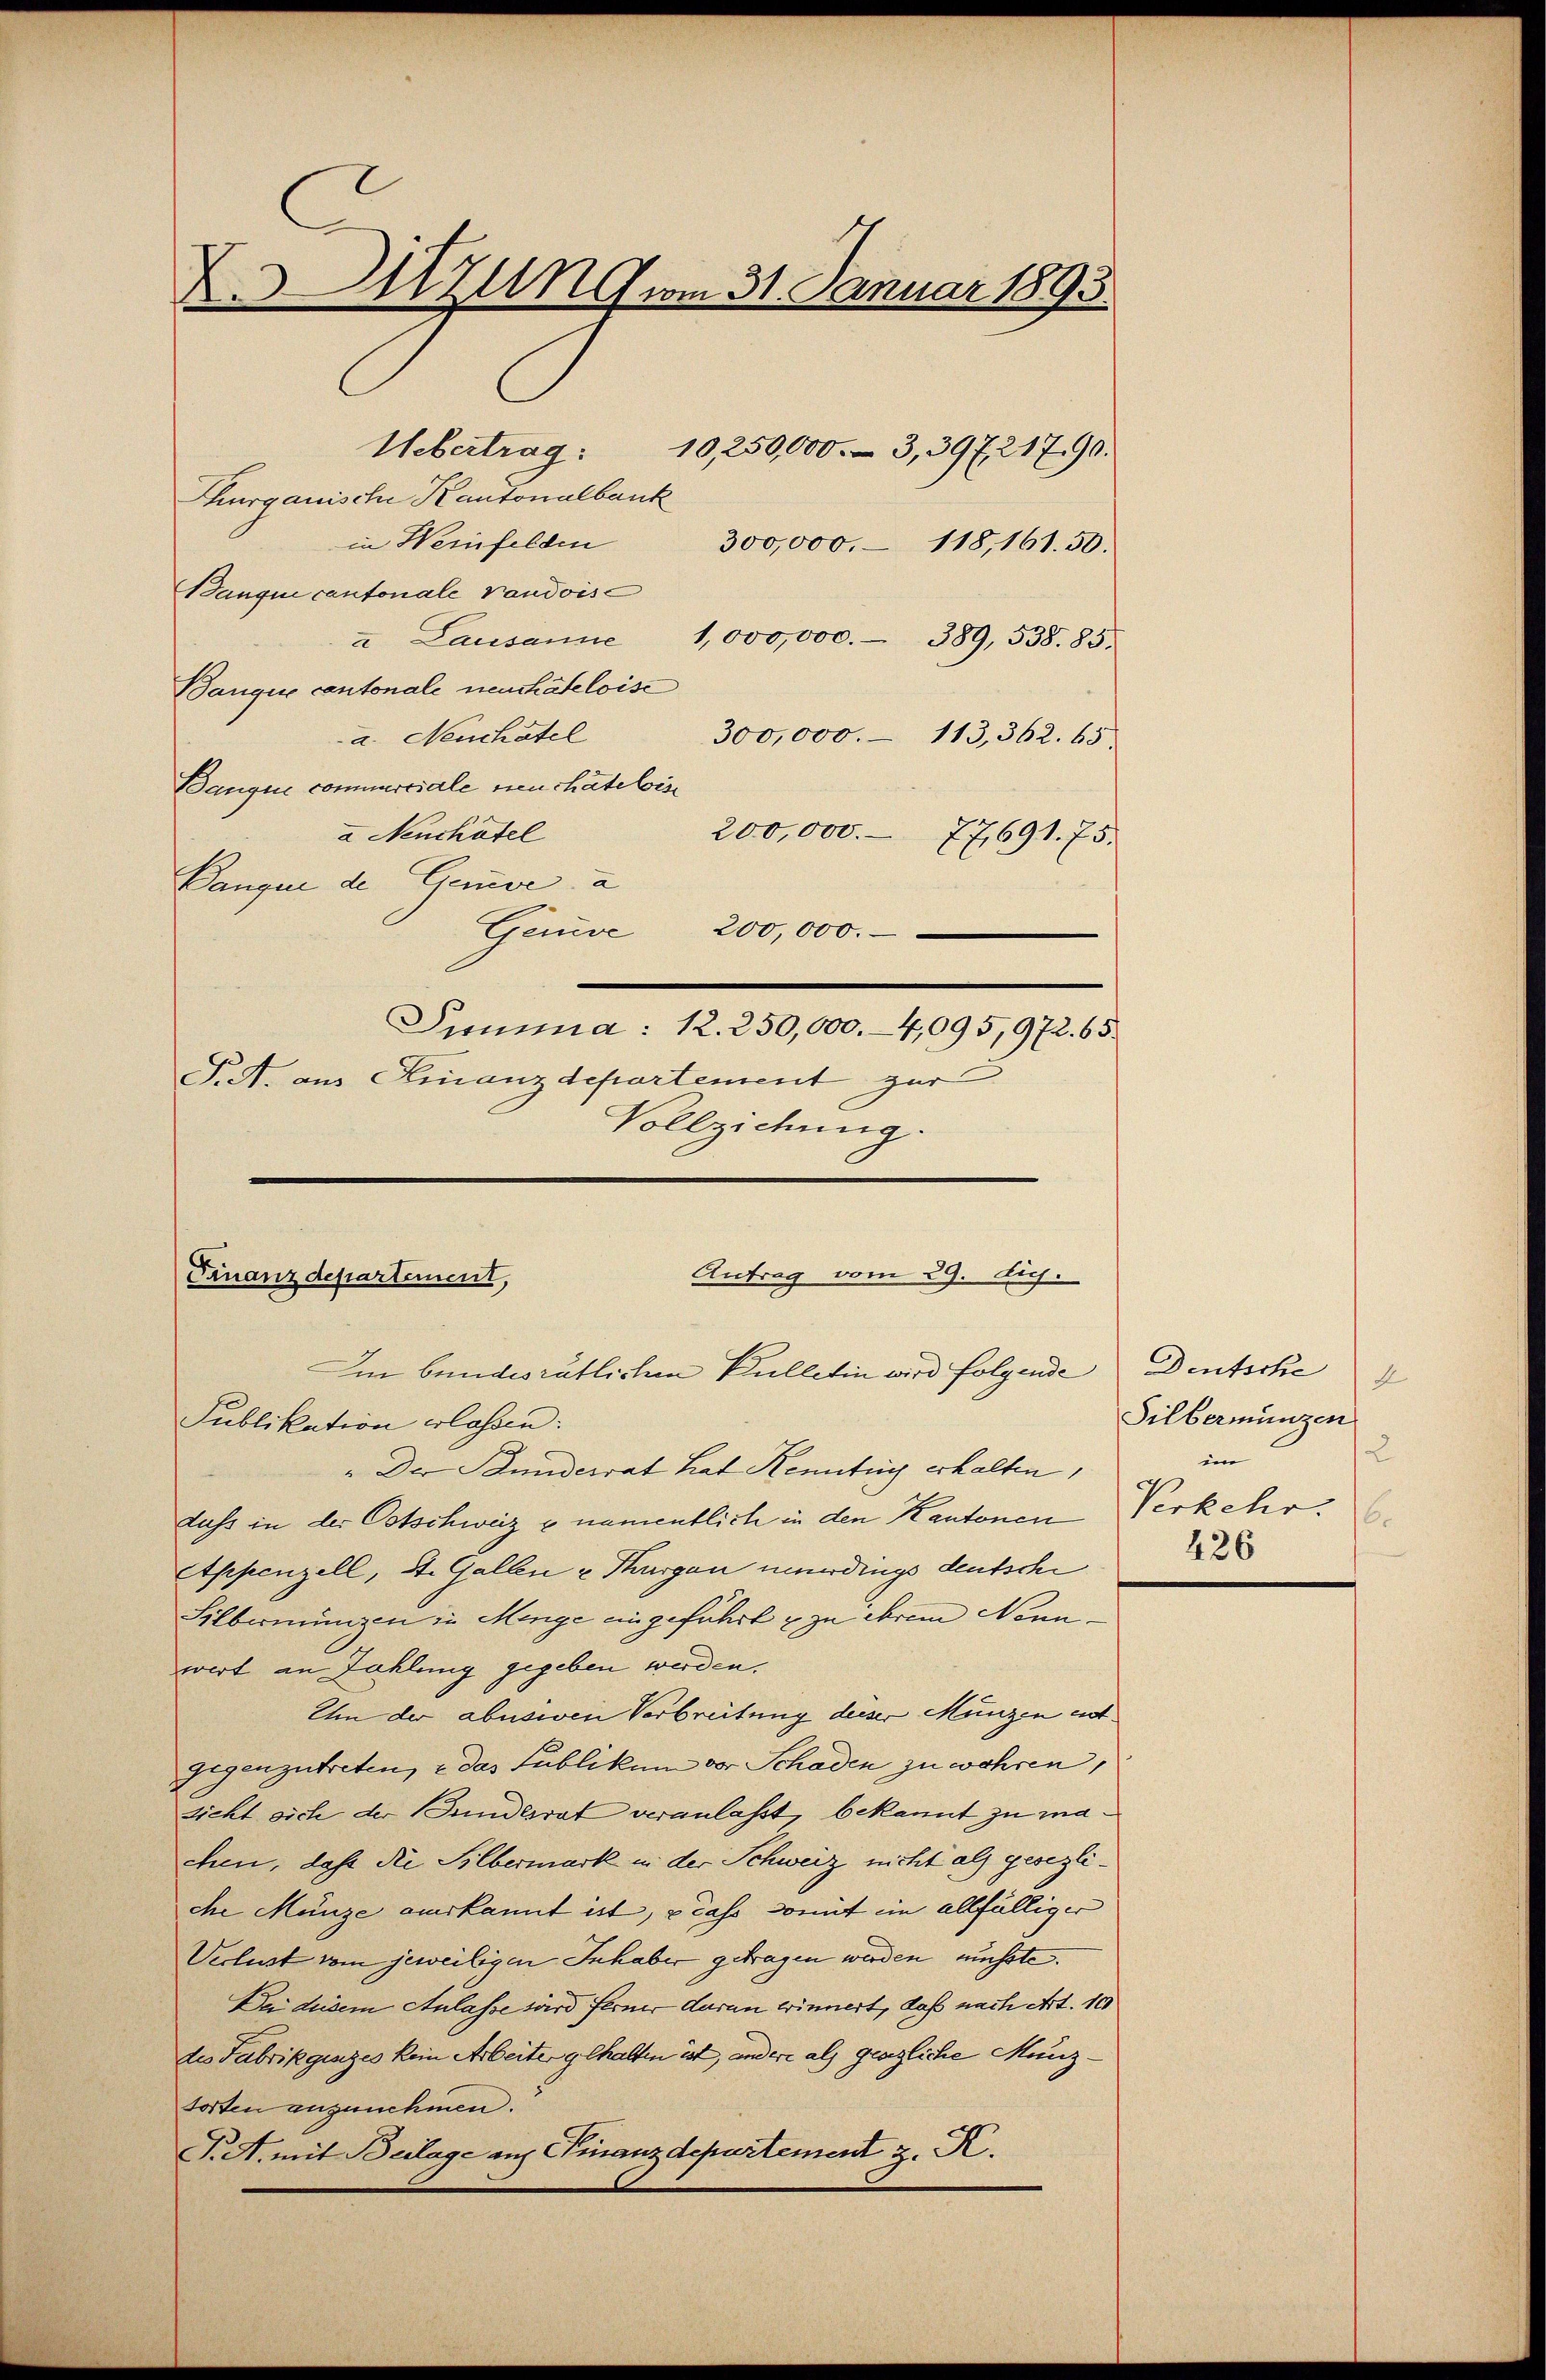
XUtzung vom 31. Januar 1893

Uebertrag:
Thurgauische Kantonalbank
in Weinfelden
300,000.- 118, 161. 50.
Banque cantonale Vaudoise
u Lausanne 1,000,000. 389, 538. 85.
Banquie cantonale neuchâteloise
a. Neuchâtel
300,000.- 113,362. 65.
Bangen commerciale neuchâtelois
a Nenchatel
200,000. 77691. 75.
Bangen de Gerve, a
Genie 200,000.
Summa: 12. 250,000.-4,095,972. 65.
S.S. aus Finanzdepartement zur
Vollziehung.

.
Antrag vom 29. d.
Finanzdepartement,
Im bundesrätlichen Kulletin wird folgende Deutsche
Publikation erlassen.

10,250,000. – 3,39721790.

" Der Bunderrat hat Kenntung erhalten,
dass in der Ostschweiz & namentlich in den Kantonen Verkehr
Appenzell, St. Gallen & Thurgau neuerdings deutsche
Silbernungen in Menge eingeführt & zu ihrem Nonnwert an Zahlung gegeben werden.
Um der abusiven Verbreitung dieser Münzen entgegenzutreten, e das Publikum vor Schaden zu wahren,
sicht sich der Bundesrat veranlasst, bekannt zu machen, daß die Silbermark in der Schweiz nicht als gesezliche Münze aus kannt ist, e caso domit im allfälliger
Verlust vom jeweiligen Inhaber getragen werden müsste.
Dei diesem Anlasse wird ferner daran erinnert, daß nach Art. 10
des Fabrikgenzes kein Arbeiter gehalten ist, andere als genzliche Munztorten anzunehmen.
P.A. mit Beilage auf Finanzdepartement z. K.

4
Silbermünzen
2
iin
426